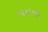
વયના